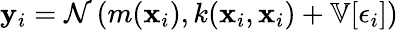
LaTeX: \mathbf{y}_{i}=\mathcal{{N}}\left(m(\textbf{{x}}_{i}),k(\textbf{{x}}_{i},\textbf{{x}}_{i})+\mathbb{{V}}[\epsilon_{i}]\right)